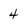
Character: 4